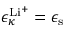
\epsilon _ { \kappa } ^ { \mathrm { L i ^ { + } } } = \epsilon _ { \mathrm { s } }